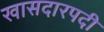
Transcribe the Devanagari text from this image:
खासदारपदी